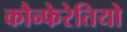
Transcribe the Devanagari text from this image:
कौन्फेरेतियो